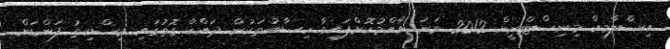
އިސްލާމިކް މިނިސްޓްރީން 2012 ވަނަ އާއްމުކޮށްފައިވާ ހިސާބުތަކުން ދައްކާ ގޮތުގައި މިސްކިތު ފަންޑަށް